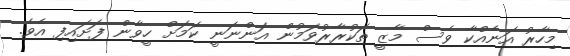
މިހާރު އަނެއްކާ ވެސް މާޒީ ތަކުރާރުވަމުން އަންނަނީ ކަމަށް ހީވާން ފަށައިފި އެވެ.